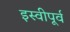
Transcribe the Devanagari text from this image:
इस्वीपूर्व